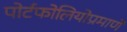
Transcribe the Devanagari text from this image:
पोर्टफोलियोप्रमाणे